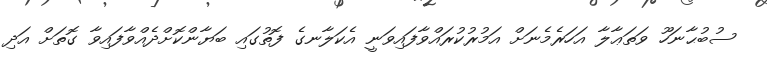
ސުބުޙާނަހޫ ވަތަޢާލާ އަހަރެމެނަށް އަމުރުކުރައްވާފައިވަނީ އެކަލާނގެ ފޮތުގައި ބަޔާންކޮށްދެއްވާފައިވާ ގޮތަށް އަދި